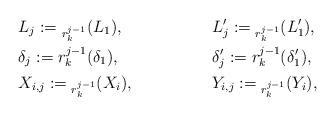
LaTeX: \begin{align*}&L_j := {}_{r_k^{j-1}}(L_1),& &L_j^\prime := {}_{r_k^{j-1}}(L_1^\prime),& \\ &\delta_j := r_k^{j-1}(\delta_1),& &\delta_j^\prime := r_k^{j-1}(\delta_1^\prime), \\&X_{i,j} := {}_{r_k^{j-1}}(X_i),& &Y_{i,j} := {}_{r_k^{j-1}}(Y_i),& \end{align*}